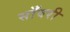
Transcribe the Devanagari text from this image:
साँवरी